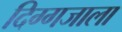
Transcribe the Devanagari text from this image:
दिग्गजाला